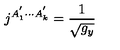
j ^ { A _ { 1 } ^ { ^ { \prime } } \cdot \cdot \cdot A _ { k } ^ { ^ { \prime } } } = \frac 1 { \sqrt { g _ { y } } }